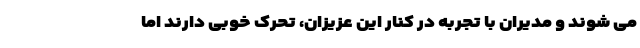
می شوند و مدیران با تجربه در کنار این عزیزان، تحرک خوبی دارند اما